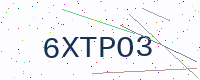
Text: 6XTPO3